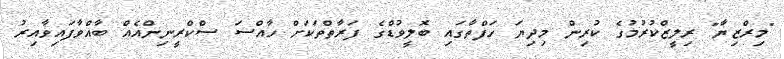
"މިރްޒިޔާ" ރިލީޒްކުރުމުގެ ކުރިން މިދިޔަ ހަފްތާގައި ބޮލީވުޑްގެ ފަރާތްތަކަށް ހާއްސަ ސްކްރީނިންއެއް ބާއްވާފައިވާއިރު